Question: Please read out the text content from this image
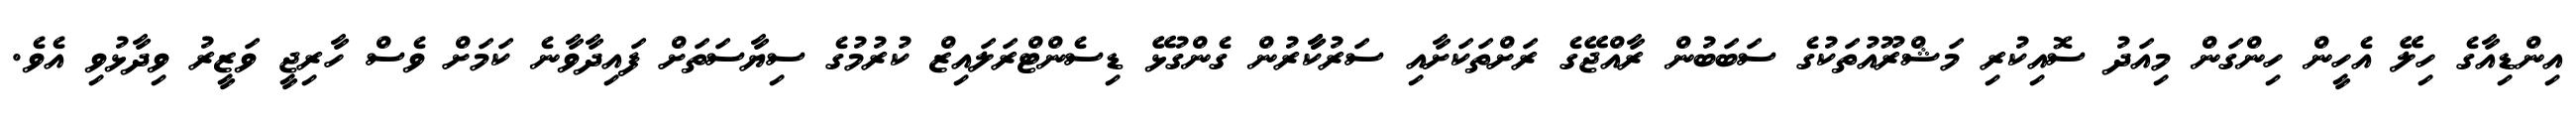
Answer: އިންޑިއާގެ ހިލޭ އެހީން ހިންގަން މިއަދު ސޮއިކުރި މަޝްރޫއުތަކުގެ ސަބަބުން ރާއްޖޭގެ ރަށްތަކަށާއި ސަރުކާާރުން ގެންގުޅޭ ޑިސެންޓްރަލައިޒް ކުރުމުގެ ސިޔާސަތަށް ފައިދާވާނެ ކަމަށް ވެސް ހާރިޖީ ވަޒީރު ވިދާޅުވި އެވެ.